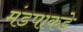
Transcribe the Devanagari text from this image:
मंडपाकडे